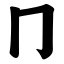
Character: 冂